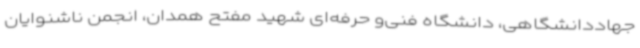
جهاددانشگاهی، دانشگاه فنی‌و حرفه‌ای شهید مفتح همدان، انجمن ناشنوایان